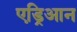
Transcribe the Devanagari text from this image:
एड्रिआन